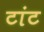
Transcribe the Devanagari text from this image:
टांट